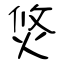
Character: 焂